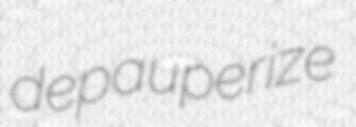
depauperize